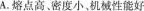
A.熔点高。密度小，机械性能好